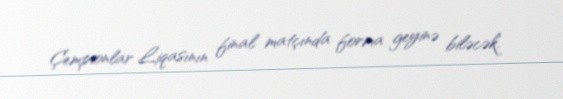
Çempionlar Liqasının final matçında forma geyinə biləcək.